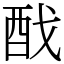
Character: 䣬